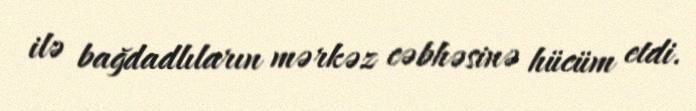
ilə bağdadlıların mərkəz cəbhəsinə hücüm etdi.